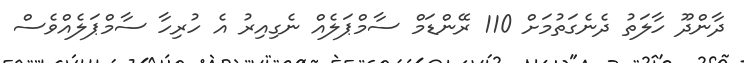
ދާންދޫ ހާލަތު ދެނެގަތުމަށް 110 ރޭންޑަމް ސާމްޕަލެއް ނެގިއިރު އެ ހުރިހާ ސާމްޕަލެއްވެސް